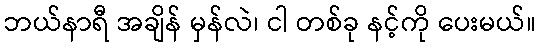
ဘယ်နာရီ အချိန် မှန်လဲ၊ ငါ တစ်ခု နင့်ကို ပေးမယ်။